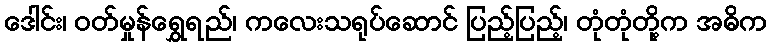
ဒေါင်း၊ ဝတ်မှုန်ရွှေရည်၊ ကလေးသရုပ်ဆောင် ပြည့်ပြည့်၊ တုံတုံတို့က အဓိက